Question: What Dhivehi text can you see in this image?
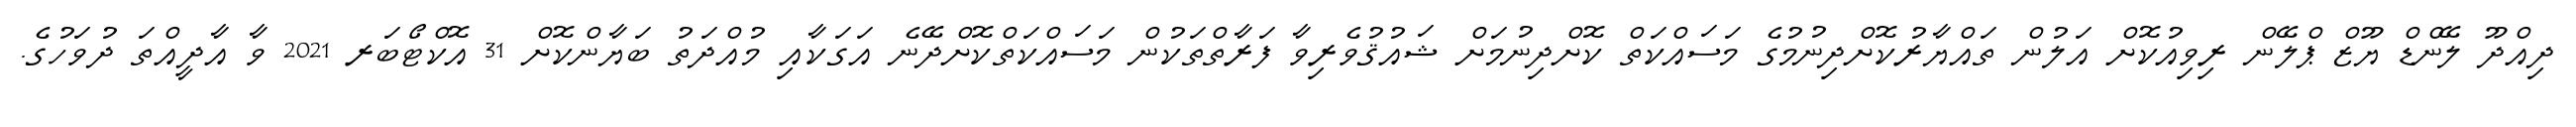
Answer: ދިއްދޫ ލޭންޑް ޔޫޒް ޕްލޭން ރިވިއުކޮށް އަލުން ތައްޔާރުކޮށްދިނުމުގެ މަސައްކަތް ކޮށްދިނުމަށް ޝައުޤުވެރިވާ ފަރާތްތަކުން މަސައްކަތްކޮށްދޭނެ އަގަކާއި މުއްދަތު ބަޔާންކޮށް 31 އޮކްޓޯބަރ 2021 ވާ އާދީއްތަ ދުވަހުގެ.